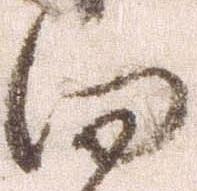
向